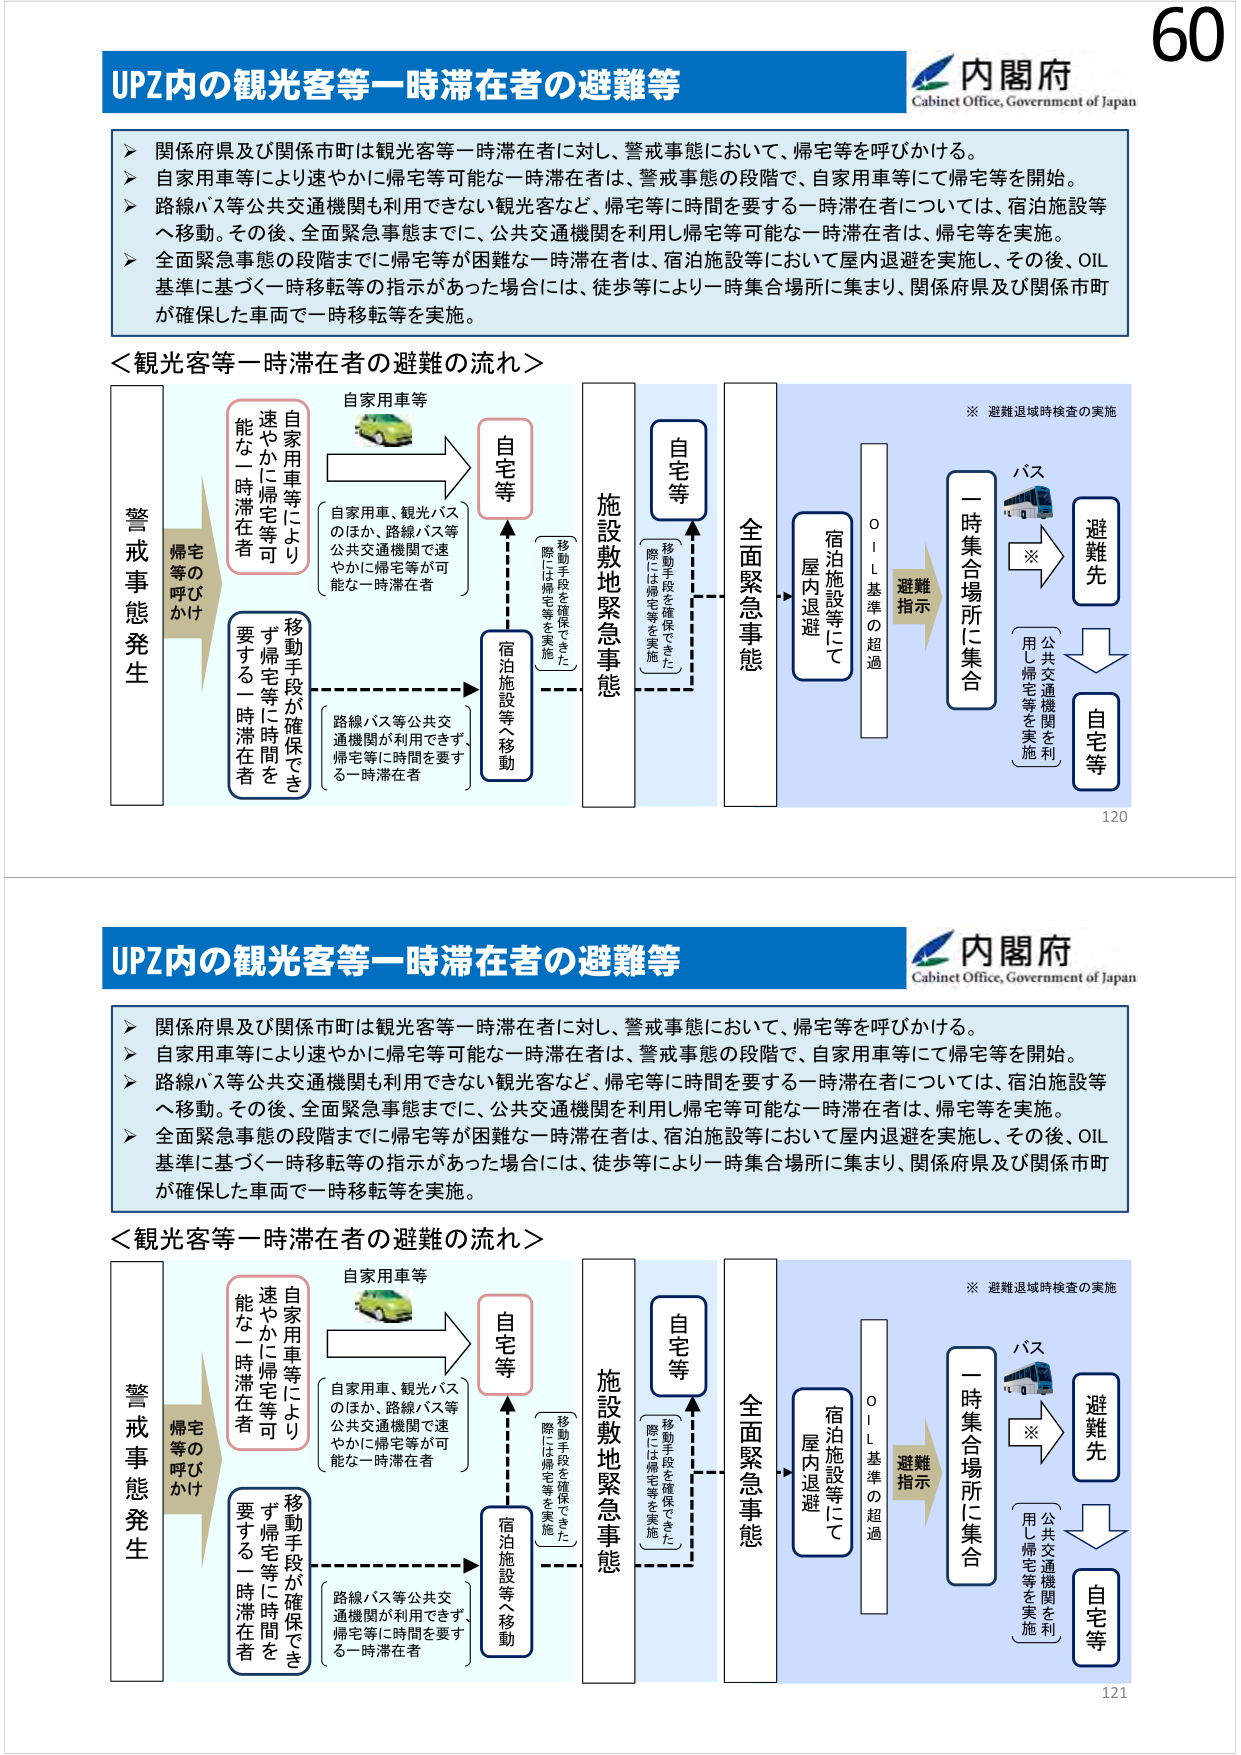
60
内閣府
Cabinet Office, Government of Japan
UPZ内の観光客等一時滞在者の避難等
＞ 関係府県及び関係市町は観光客等一時滞在者に対し、警戒事態において、帰宅等を呼びかける。
＞ 自家用車等により速やかに帰宅等可能な一時滞在者は、警戒事態の段階で、自家用車等にて帰宅等を開始。
＞ 路線バス等公共交通機関も利用できない観光客など、帰宅等に時間を要する一時滞在者については、宿泊施設等
へ移動。その後、全面緊急事態までに、公共交通機関を利用し帰宅等可能な一時滞在者は、帰宅等を実施。
＞ 全面緊急事態の段階までに帰宅等が困難な一時滞在者は、宿泊施設等において屋内退避を実施し、その後、OIL
基準に基づく一時移転等の指示があった場合には、徒歩等により一時集合場所に集まり、関係府県及び関係市町
が確保した車両で一時移転等を実施。
＜観光客等一時滞在者の避難の流れ＞
自家用車等
自家用車、観光バス
のほか、路線バス等
公共交通機関で速
やかに帰宅等が可
能な一時滞在者
自家用車等
速やかに帰宅等可
能な一時滞在者
移動手段が確保でき
ず帰宅等に時間を
要する一時滞在者
路線バス等公共交
通機関が利用できず、
帰宅等に時間を要す
る一時滞在者
宿泊施設等へ移動
自宅等
警戒事態発生
帰宅等の
呼びかけ
施設敷地緊急事態
移動手段を確保できた
際には帰宅等を実施
全面緊急事態
宿泊施設等にて
屋内退避
OIL基準の超過
避難指示
一時集合場所に集合
バス
※
避難先
公共交通機関を利
用し帰宅等を実施
自宅等
※ 避難退域時検査の実施
120
内閣府
Cabinet Office, Government of Japan
UPZ内の観光客等一時滞在者の避難等
＞ 関係府県及び関係市町は観光客等一時滞在者に対し、警戒事態において、帰宅等を呼びかける。
＞ 自家用車等により速やかに帰宅等可能な一時滞在者は、警戒事態の段階で、自家用車等にて帰宅等を開始。
＞ 路線バス等公共交通機関も利用できない観光客など、帰宅等に時間を要する一時滞在者については、宿泊施設等
へ移動。その後、全面緊急事態までに、公共交通機関を利用し帰宅等可能な一時滞在者は、帰宅等を実施。
＞ 全面緊急事態の段階までに帰宅等が困難な一時滞在者は、宿泊施設等において屋内退避を実施し、その後、OIL
基準に基づく一時移転等の指示があった場合には、徒歩等により一時集合場所に集まり、関係府県及び関係市町
が確保した車両で一時移転等を実施。
＜観光客等一時滞在者の避難の流れ＞
自家用車等
自家用車、観光バス
のほか、路線バス等
公共交通機関で速
やかに帰宅等が可
能な一時滞在者
自家用車等
速やかに帰宅等可
能な一時滞在者
移動手段が確保でき
ず帰宅等に時間を
要する一時滞在者
路線バス等公共交
通機関が利用できず、
帰宅等に時間を要す
る一時滞在者
宿泊施設等へ移動
自宅等
警戒事態発生
帰宅等の
呼びかけ
施設敷地緊急事態
移動手段を確保できた
際には帰宅等を実施
全面緊急事態
宿泊施設等にて
屋内退避
OIL基準の超過
避難指示
一時集合場所に集合
バス
※
避難先
公共交通機関を利
用し帰宅等を実施
自宅等
※ 避難退域時検査の実施
121